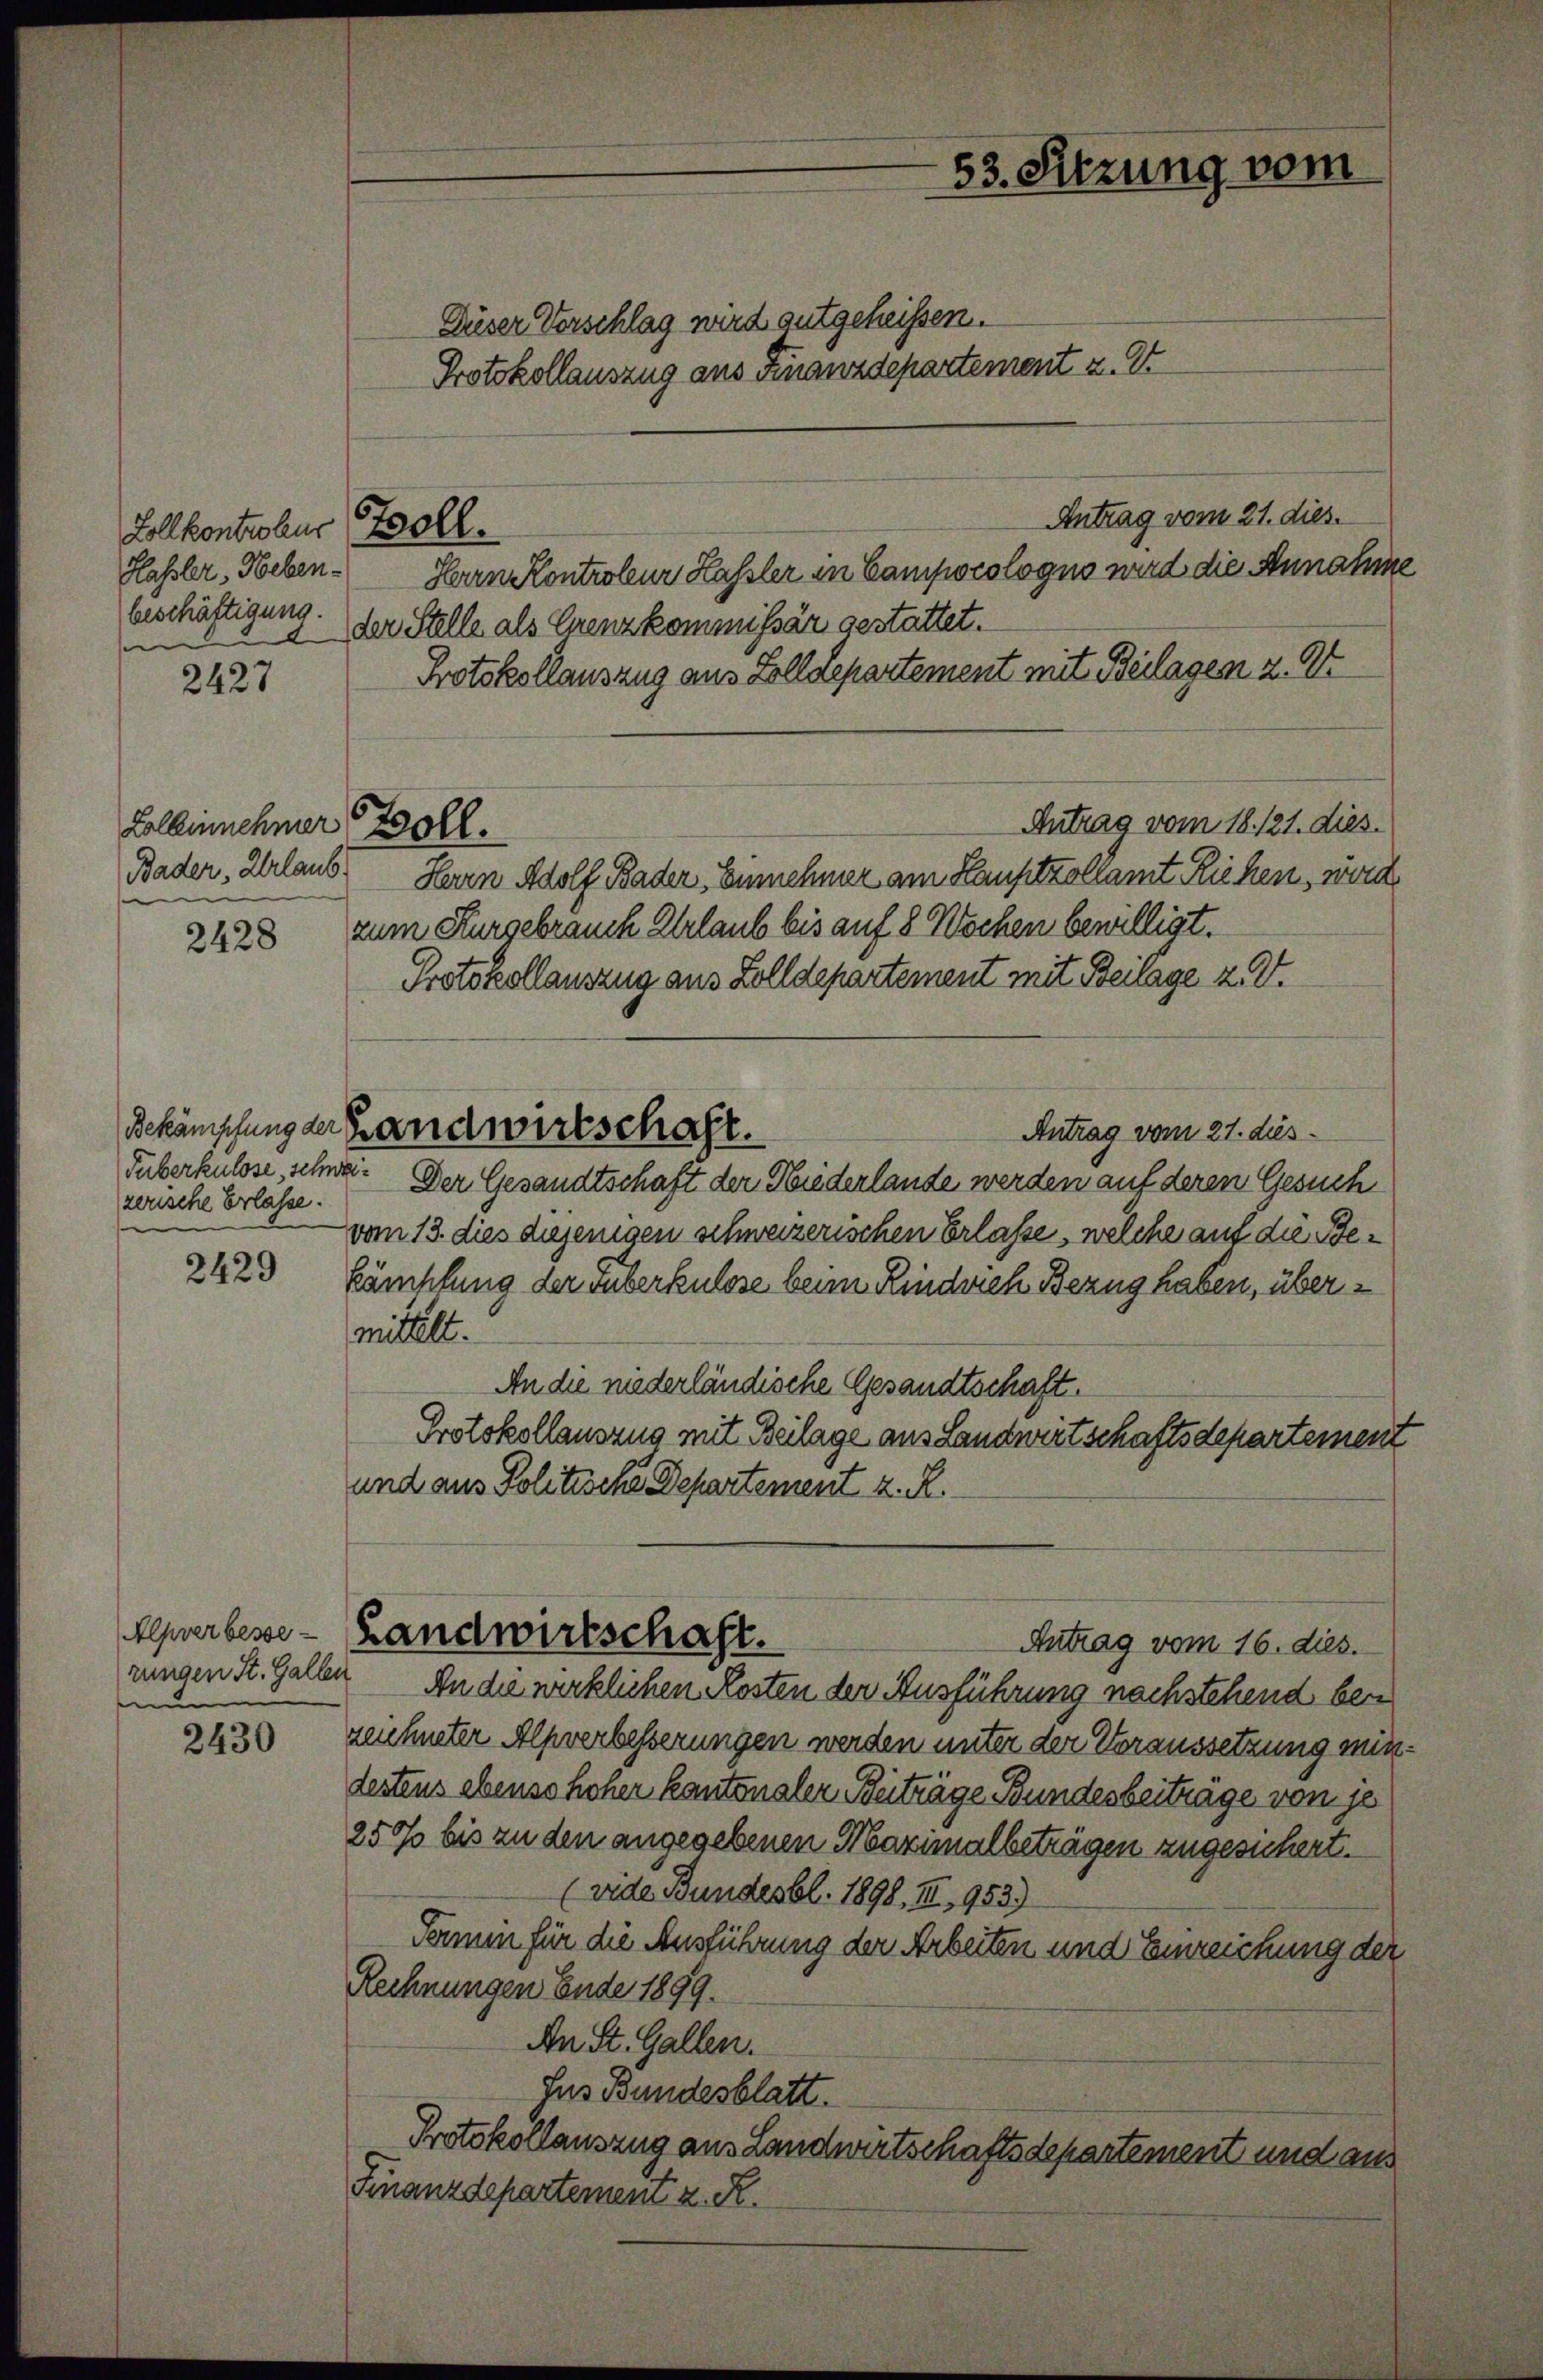
Lollkontrolus Zoll.
Hassler, Nebenbeschäftigung.
s

2427

Zollinnehmer
Bader, Urlaub.

2428

zerische Erlasse.
e

2429

Alpverbesse
rungen St. Gallen
s

2430

Boll.

Duser Verschlag wird gutgeheißen.
Antrag vom 21. dies.
Herrn Kontroleur Hassler in Campocologno wird die Annahm
der Stelle als Eurenzkommissär gestattet.
Protokollauszug aus Zolldepartement mit Beilagen 2. V
Antrag vom 18. 121. dies.
Herrn Adolf Bader Einnehmer am Hauptzollamt Riehen, wird.
zum Kurgebrauch Urlaub bis auf 8 Wochen bewilligt.
Protokollauszug aus Zolldepartement mit Beilage z. Zt.
Antrag vom 21. dies
Tuberkulose, schwa. Der Gesandtschaft der Niederlande werden auf deren Gesuch
vom 13. dies diejenigen schweizerischen Erlasse, welche auf die Bekämpfung der Guberkulose beim Rindrich Bezug haben, übermittelt.
An die niederländische Gesandtschaft.
Protokollauszug mit Beilage aus Landwirtschaftsdepartement
und aus Politische Departement z. R.
Landwirtschaft.
Antrag vom 16. dies.
An die wirklichen Kosten der Ausführung nachstehend bei
zeichneter Alpverbesserungen werden unter der Voraussetzung mit
destens ebenso hoher kantonsler Beiträge Bundesbeiträge von je
250 bis zu den angegebenen Maximalbeträgen zugesichert.
(vide Bundesbl. 1898, III, 953.)
Termin für die Ausführung der Arbeiten und Einreichung der
Rechnungen Ende 1899.
An St. Gallen.
Jus Bundesblatt.
Protokollauszug aus Landwirtschaftsdepartement und aus
Finanzdepartement z. R.

Bekämschung der Handwirtschaft.

Protokollauszug aus Finanzdepartement z. E

53. Sitzung vom